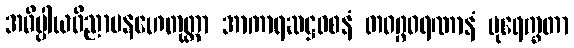
အဓိပ္ပါယဝိညာပနဟေတုတ္တာ အာကာရဆဋ္ဌဝစနံ တဝဂ္ဂဝရဏာနံ ပုရေက္ခတာ